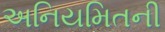
અનિયમિતની